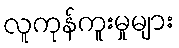
လူကုန်ကူးမှုများ